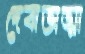
দেবাতাত্মা